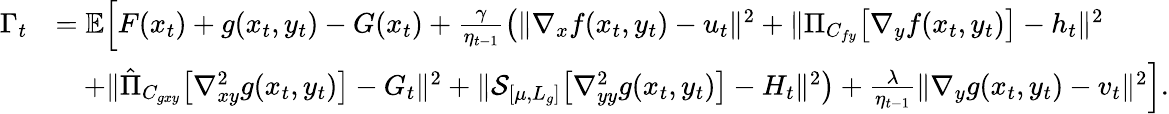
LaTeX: \begin{array}{rl}{\Gamma_{t}}&{=\mathbb{E}\Big[F(x_{t})+g(x_{t},y_{t})-G(x_{t})+\frac{\gamma}{\eta_{t-1}}\big(\| \nabla_{x}f(x_{t},y_{t})-u_{t}\| ^{2}+\| \Pi_{C_{fy}}\big[\nabla_{y}f(x_{t},y_{t})\big]-h_{t}\| ^{2}}\\ &{\quad+\| \hat{\Pi}_{C_{gxy}}\big[\nabla_{xy}^{2}g(x_{t},y_{t})\big]-G_{t}\| ^{2}+\| \mathcal{S}_{[\mu,L_{g}]}\big[\nabla_{yy}^{2}g(x_{t},y_{t})\big]-H_{t}\| ^{2}\big)+\frac{\lambda}{\eta_{t-1}}\| \nabla_{y}g(x_{t},y_{t})-v_{t}\| ^{2}\Big].}\end{array}